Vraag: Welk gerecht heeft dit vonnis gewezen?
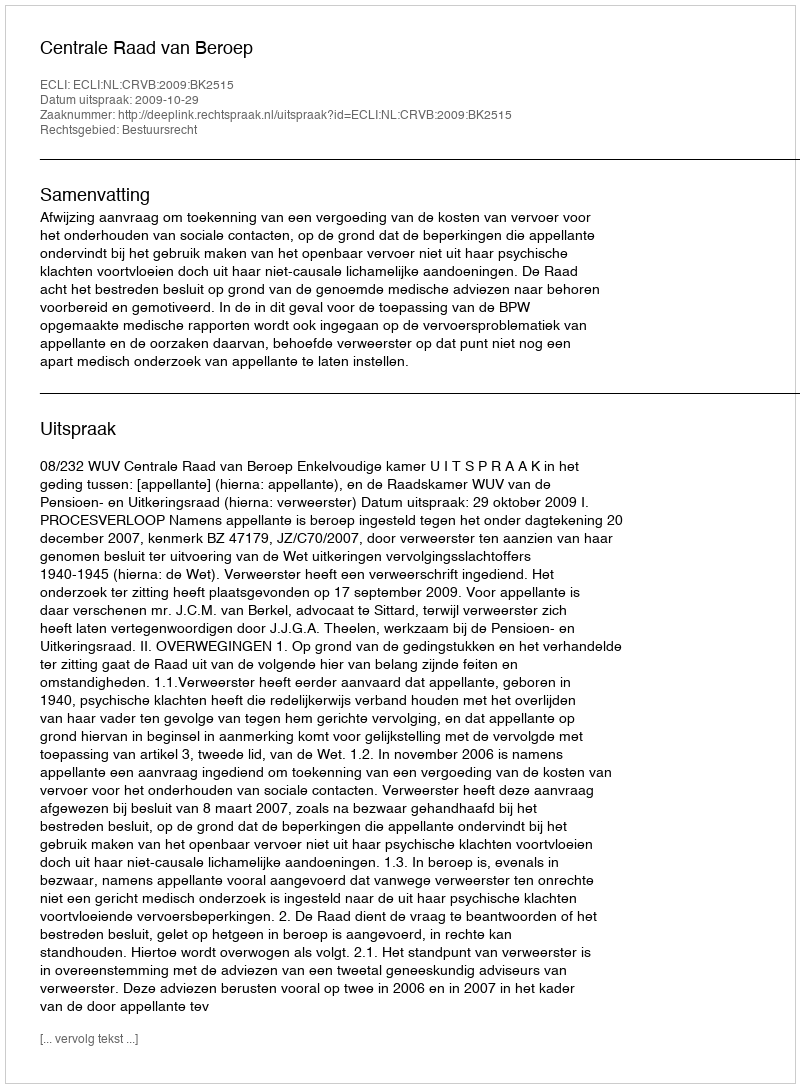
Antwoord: Centrale Raad van Beroep